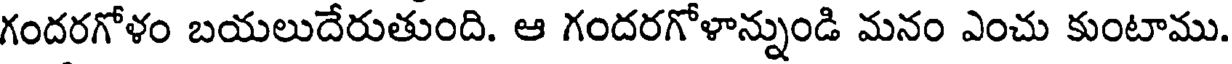
గందరగోళం బయలుదేరుతుంది. ఆ గందరగోళాన్నుండి మనం ఎంచు కుంటాము.